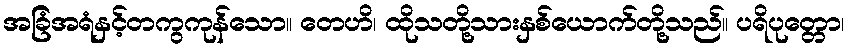
အခြံအရံနှင့်တကွကုန်သော။ တေဟိ၊ ထိုသတို့သားနှစ်ယောက်တို့သည်။ ပရိပုတ္တော၊